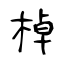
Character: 棹